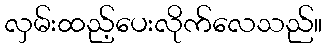
လှမ်းထည့်ပေးလိုက်လေသည်။